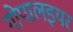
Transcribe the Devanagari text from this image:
गोपालइयर